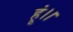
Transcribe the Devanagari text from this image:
हूं।।